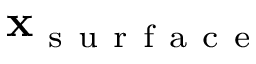
\mathbf x _ { \mathrm { ~ s ~ u ~ r ~ f ~ a ~ c ~ e ~ } }